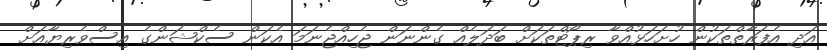
އަދި އެފަރާތްތަކުން ހުށަހަޅުއްވާ ރިޕޯޓްތަކަށް ބަދަލެއް ގެންނަން ޖެހިއްޖެނަމަ އެކަން ސެކްޝަންގެ އިސްވެރިޔާއަށް